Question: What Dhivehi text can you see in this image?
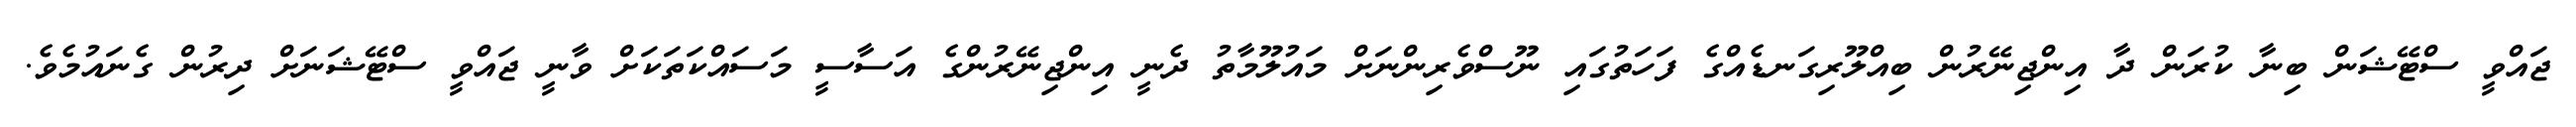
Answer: ޖައްވީ ސްޓޭޝަން ބިނާ ކުރަން ދާ އިންޖިނޭރުން ބިއްލޫރިގަނޑެއްގެ ފަހަތުގައި ނޫސްވެރިންނަށް މައުލޫމާތު ދެނީ އިންޖިނޭރުންގެ އަސާސީ މަސައްކަތަކަށް ވާނީ ޖައްވީ ސްޓޭޝަނަށް ދިރުން ގެނައުމެވެ.